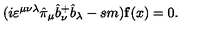
( i \varepsilon ^ { \mu \nu \lambda } \hat { \pi } _ { \mu } \hat { b } _ { \nu } ^ { + } \hat { b } _ { \lambda } - s m ) { \bf f } ( x ) = 0 .